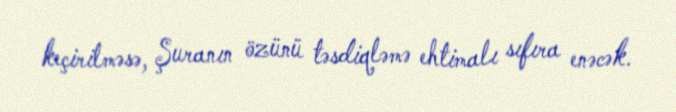
keçirilməsə, Şuranın özünü təsdiqləmə ehtimalı sıfıra enəcək.